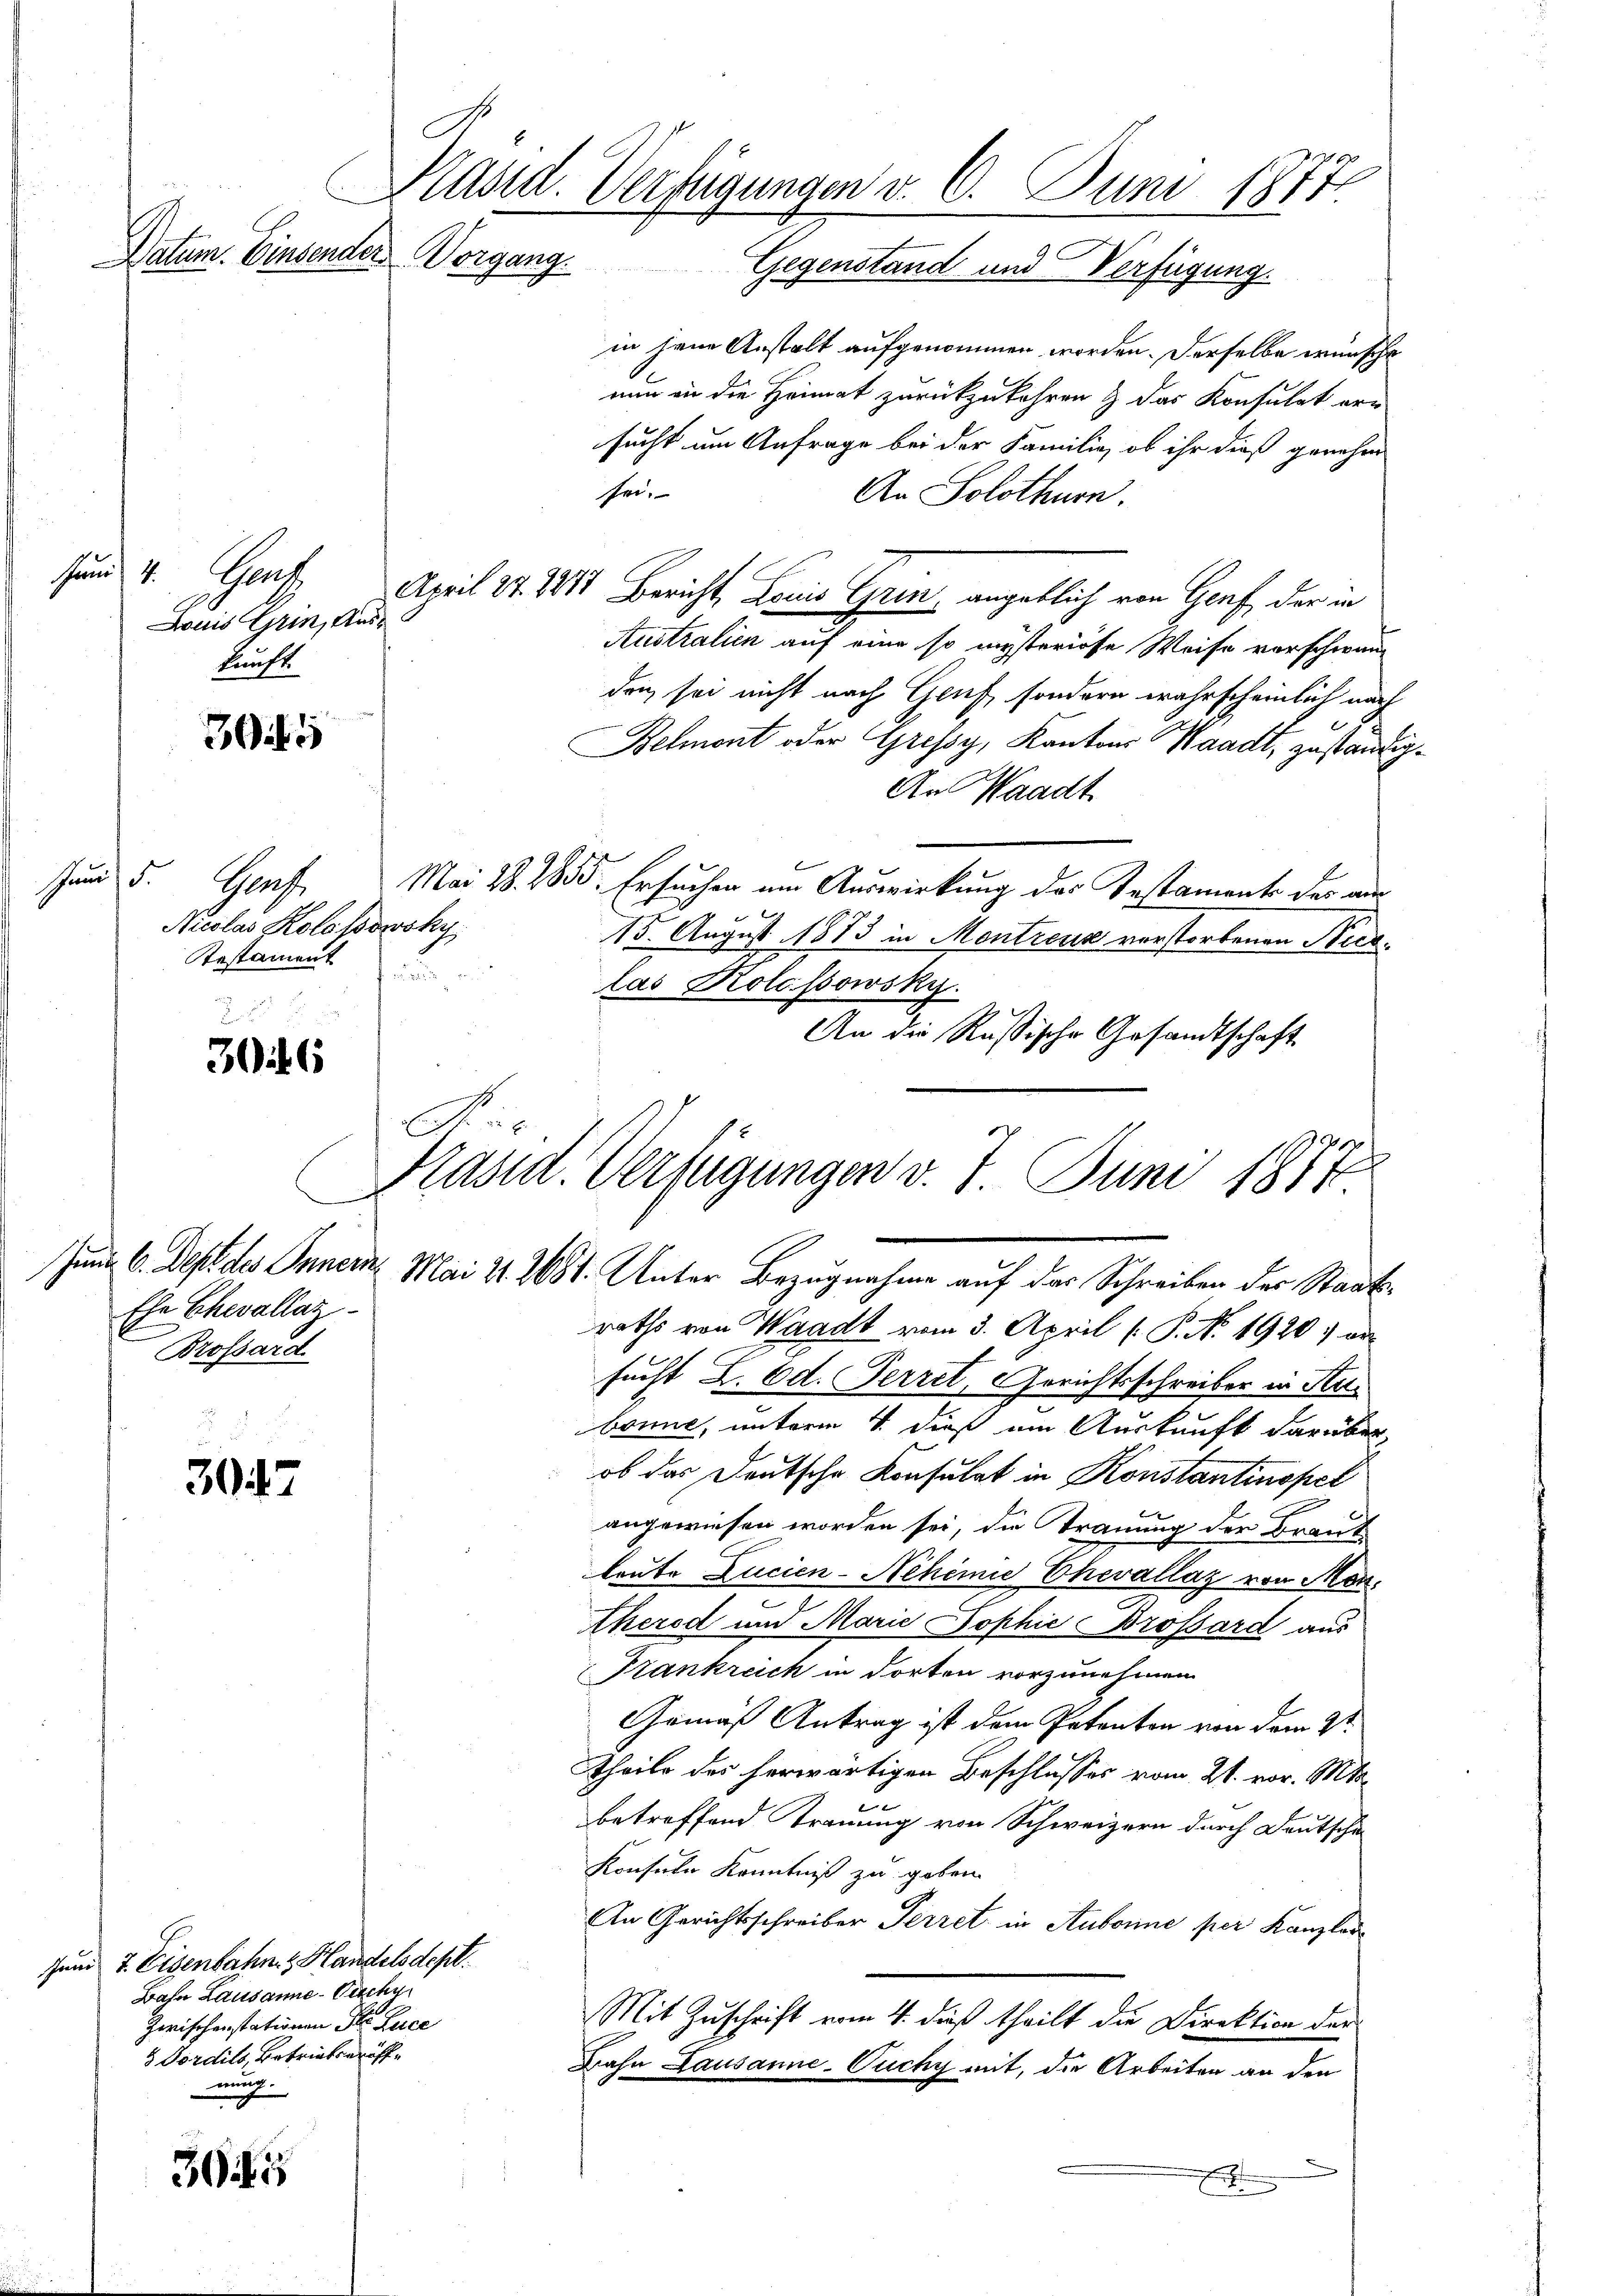
Jund 4. Gent
Louis Grin, Auskunft.

Haus d
Gr.
Nicolas Kolossowsky
Testament

Präsid. Verfügungen v. 6. Juni 1877.
Datum. Einsender Vorgang.
Gegenstand und Verfügung.

307

3045

31

2.
306

Ehe Ehevollaz
Brossard

C

zum 7. Eisenbahn. Handelsdept.
Bahn Lausanne -Vische
Zwischenstationen St. Luce
 Dördils, Betriebseröffnung.

in jene Anstalt aufgenommen worden. Derselbe wünsche
nun in die Heimat zurückzukehren & das Konsulat ern
sucht um Anfrage bei der Familie, ob ihr dieß genehm
sei.
An Solothurn.
April 24. 1811 Bericht, Loris Grin angeblich von Genf, der in
Australien auf eine so mysteriöse Weise vorschwan-
den sei nicht nach Gruf, sondern wahrscheinlich nach
Belmont oder Gressy, Kantons Waadt, zuständig¬
An Waadt
Mai 18. 1855. Ersuchen am Auswirkung des Testament der aus
t
15. August 1873 in Montreux verstorbenen Nicklas Kolessowsky.
An die Rußische Gesandtschaft

Kasid. Verfügungen v. 7. Juni 1877.
Jung C. Dept des Innern Mai 21. 2681. Unter Bezugnahme auf das Schreiben der Staats¬

raths von Waadt vom 3. April ( P. N. 1920, er
sucht L. Ed. Ferret, Gerichtsschreiber in Han
bonne, unterm 4. dieß im Auskunft darüber
ob das Deutsche Konsulat in Konstantinopet
e
angewiesen worden sei, die Trauung der Braut
leute Lucien-Nchine Chevallaz von Mon¬
Aherod und Marie Sophie Brossard aus
Frankreich in dorten vorzunehmen.
Gemäß Antrag ist dem Petenton von dem St
Theils des herwärtigen Beschlusses vom 21. vor. Mts.
betreffend Trauung von Schweizern durch Deutscha
Konsula Kenntniß zu geben.
An Gerichtsschreiber Perret in Aubonne per Kanzlos
u
Mit Zuschrift vom 4. dieß theilt die Direktion der
Bahn Lausanne-Puchy mit, die Arbeiten an den